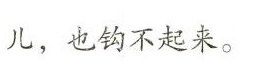
儿，也钩不起来。